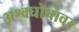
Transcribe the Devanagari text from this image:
अश्वघोषावर